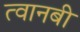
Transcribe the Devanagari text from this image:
त्वानबी